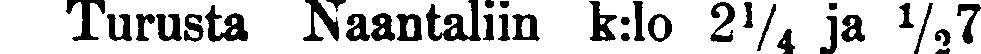
Turusta Naantaliin k:lo 2¼ ja ½7